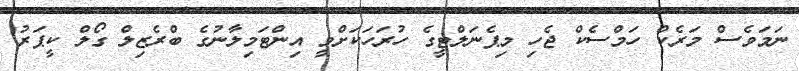
ނަމަވެސް މަރެކް ހަމްސެކް ޖެހި މިޕެނަލްޓީގެ ހުރަހަކަށްވީ އިންޓަމިލާނުގެ ބްރެޒިލް ގޯލް ކީޕަރު